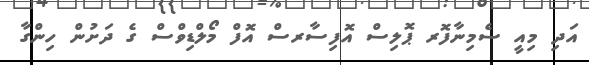
އަދި މިއީ ސެމިނާފޮރ ޕޮލިސް އޮފިސާރސް އޮފް މޯލްޑިވްސް ގެ ދަށުން ހިންގާ